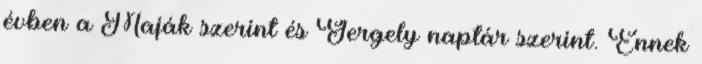
évben a Maják szerint és Gergely naptár szerint. Ennek